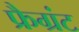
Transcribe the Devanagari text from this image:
फ्रैग्रंट